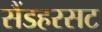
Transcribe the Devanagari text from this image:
सैंडहरसट